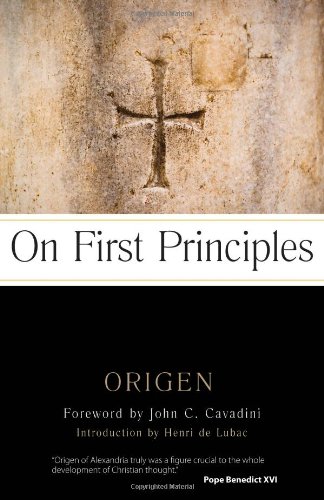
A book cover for On First Principles; Origen; Christian Books & Bibles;